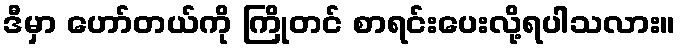
ဒီမှာ ဟော်တယ်ကို ကြိုတင် စာရင်းပေးလို့ရပါသလား။